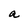
Character: a